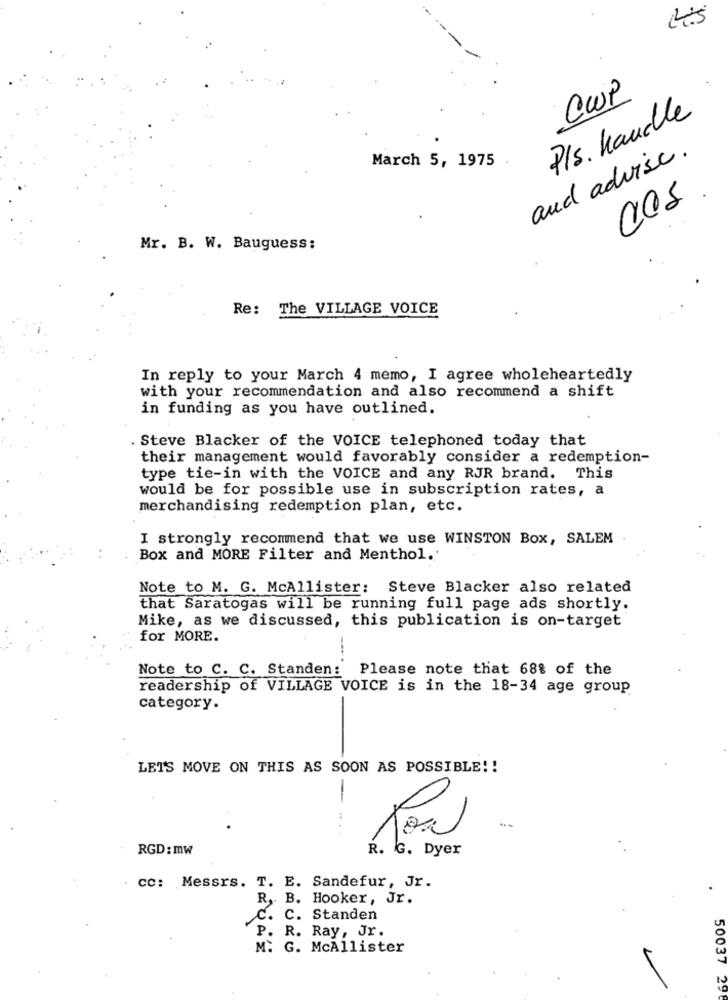
4.5
CWP
P/s. handle
and advise.
March 5, 1975
Mr. B. W. Bauguess:
Re: The VILLAGE VOICE
In reply to your March 4 memo, I agree wholeheartedly
with your recommendation and also recommend a shift
in funding as you have outlined.
. Steve Blacker of the VOICE telephoned today that
their management would favorably consider a redemption-
type tie-in with the VOICE and any RJR brand. This
would be for possible use in subscription rates, a
merchandising redemption plan, etc.
I strongly recommend that we use WINSTON Box, SALEM
Box and MORE Filter and Menthol.
Note to M. G. McAllister: Steve Blacker also related
that Saratogas will be running full page ads shortly.
Mike, as we discussed, this publication is on-target
for MORE.
Note to C. C. Standen:
Please note that 68% of the
readership of VILLAGE VOICE is in the 18-34 age group
category.
LET'S MOVE ON THIS AS SOON AS POSSIBLE !!
..
fow
RGD : mw
R. G. Dyer
. CC: Messrs. T. E. Sandefur, Jr.
R ,. B. Hooker, Jr.
C. C. Standen
P. R. Ray, Jr.
M. G. McAllister
50037